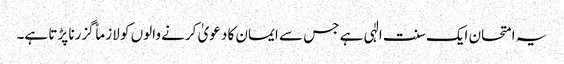
یہ امتحان ایک سنت الٰہی ہے جس سے ایمان کا دعویٰ کرنے والوں کو لازماً گزرنا پڑتا ہے۔